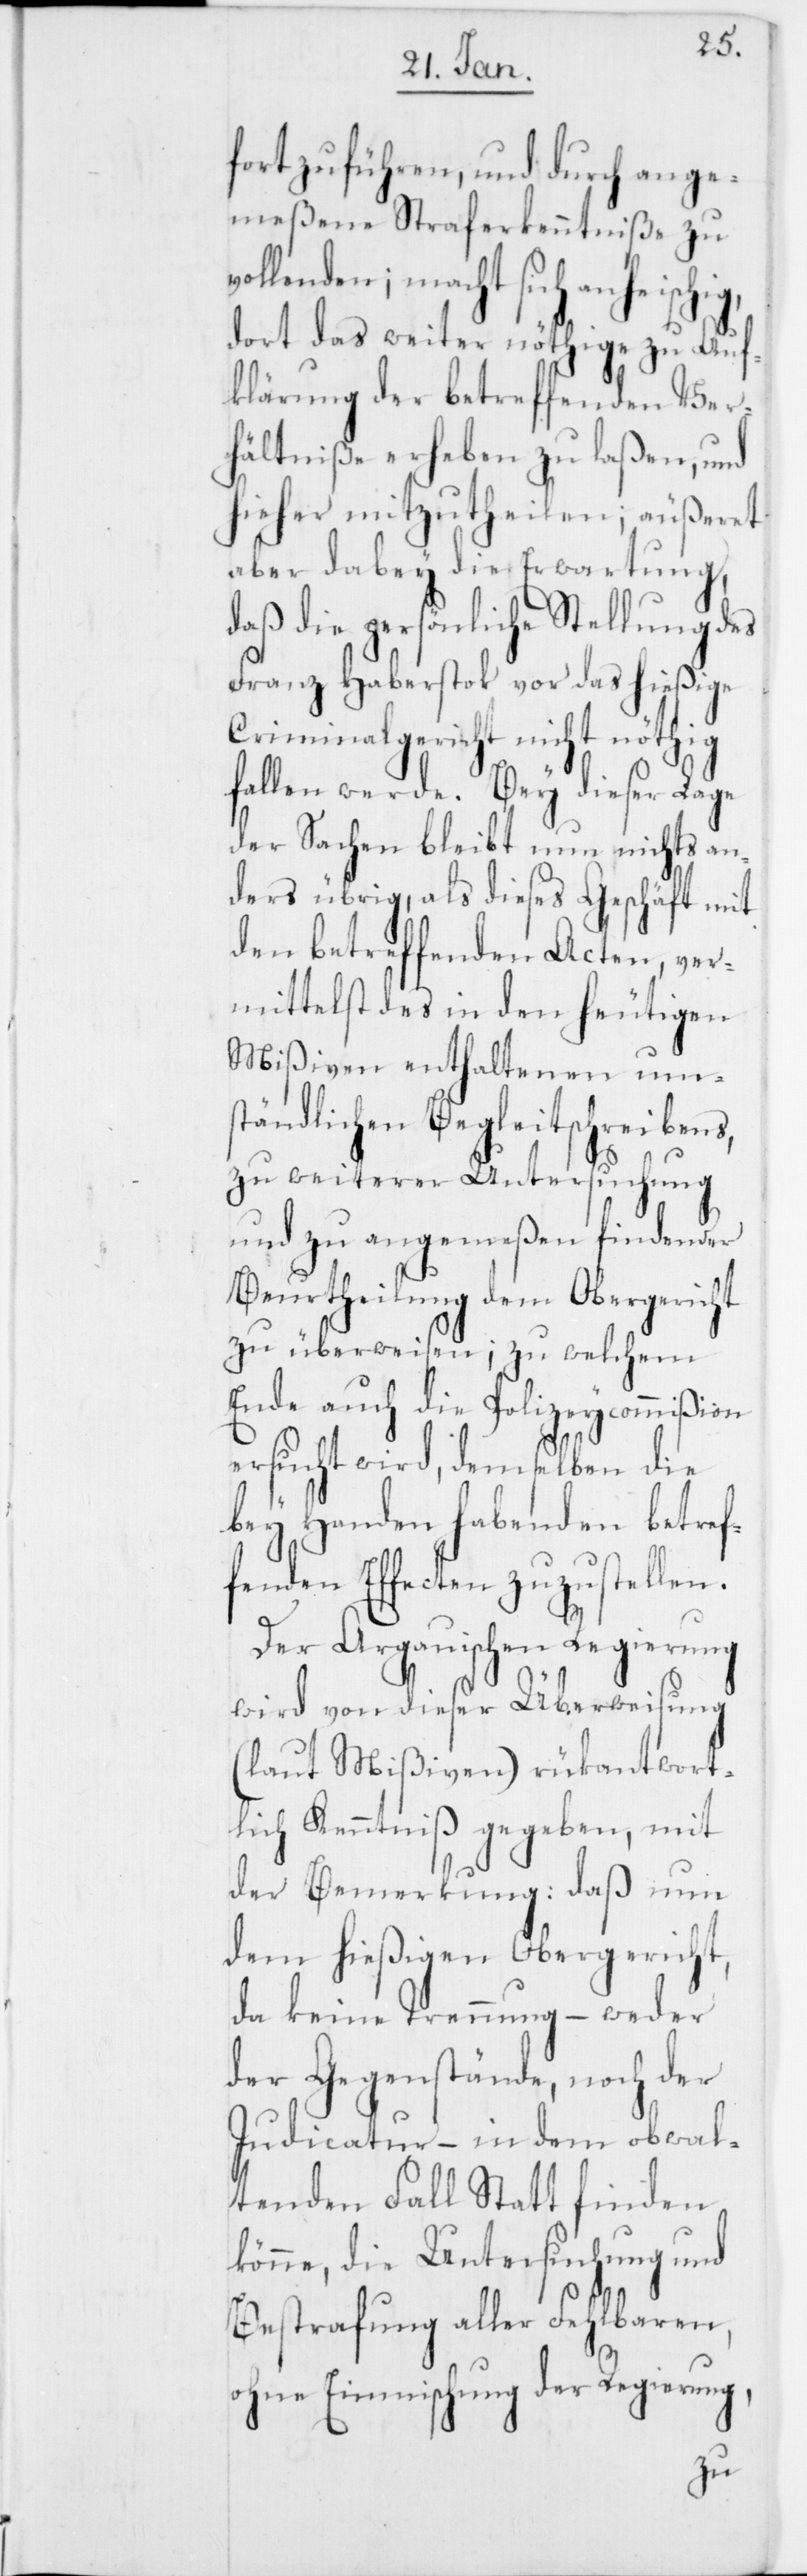
ig,
fortzuführen, und durch ange¬
meßene Straferkenntniße zu v¬
ollenden; macht sich anheisch¬
dort das weiter nöthige zu Auf¬
klärung der betreffenden Ver¬
hältniße erheben zu laßen, und
hieher mitzutheilen, äußeret
aber dabey die Erwartung,
daß die persönliche Stellung des
Franz Haberstok vor das hießige
Criminalgericht nicht nöthig
fallen werde. Bey dieser Lage
der Sachen bleibt nun nichts an¬
ders übrig, als dieses Geschäft mit
den betreffenden Acten, ver¬
mittelst des in den heutigen
Mißiven enthaltenen um¬
ständlichen Begleitschreibens,
zu weiterer Untersuchung
und zu angemeßen findender
Beurtheilung dem Obergericht
zu überweisen, zu welchem
Ende auch die Polizeycommißion
ersucht wird, demselben die
bey Handen habenden betref¬
fenden Effecten zuzustellen.
Der Argauischen Regierung
wird von dieser Überweisung
(laut Mißiven) rükantwort¬
lich Kenntniß gegeben, mit
der Bemerkung: daß nun
dem hießigen Obergericht,
da keine Trennung – weder
der Gegenstände, noch der
Judicatur – in dem obwal¬
tenden Fall Statt finden
könne, die Untersuchung und
Bestrafung aller Fehlbaren,
ohne Einmischung der Regierung,